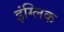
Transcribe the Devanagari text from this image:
इंग्लिक